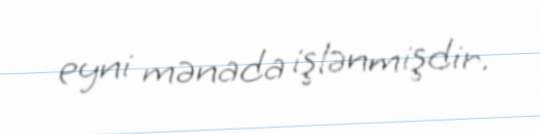
eyni mənada işlənmişdir.